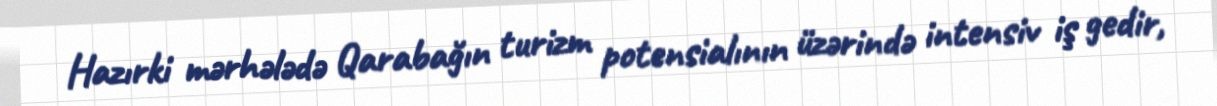
Hazırki mərhələdə Qarabağın turizm potensialının üzərində intensiv iş gedir,